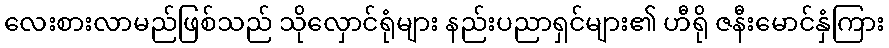
လေးစားလာမည်ဖြစ်သည် သိုလှောင်ရုံများ နည်းပညာရှင်များ၏ ဟီရို ဇနီးမောင်နှံကြား